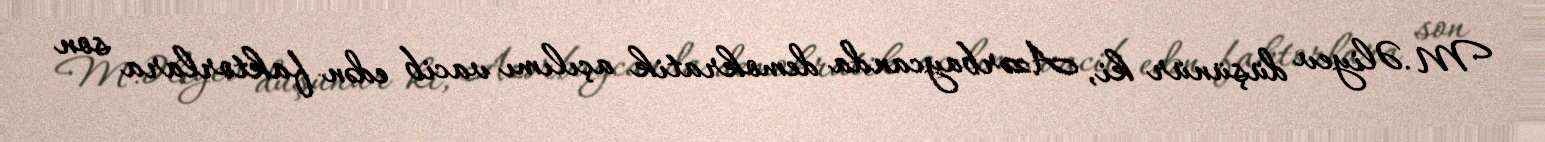
M.Əliyev düşünür ki, Azərbaycanda demokratik açılımı vacib edən faktorlara son